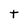
Character: t